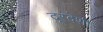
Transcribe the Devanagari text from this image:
दूरदेशीं